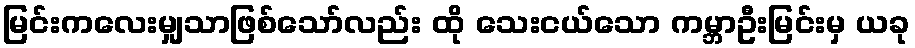
မြင်းကလေးမျှသာဖြစ်သော်လည်း ထို သေးငယ်သော ကမ္ဘာဦးမြင်းမှ ယခု